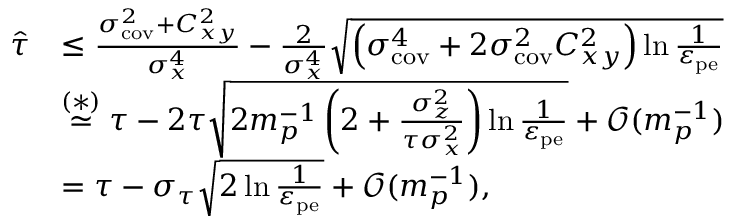
\begin{array} { r l } { \widehat { \tau } } & { \leq \frac { \sigma _ { \mathrm { c o v } } ^ { 2 } + C _ { x y } ^ { 2 } } { \sigma _ { x } ^ { 4 } } - \frac { 2 } { \sigma _ { x } ^ { 4 } } \sqrt { \left( \sigma _ { \mathrm { c o v } } ^ { 4 } + 2 \sigma _ { \mathrm { c o v } } ^ { 2 } C _ { x y } ^ { 2 } \right) \ln \frac { 1 } { \varepsilon _ { \mathrm { p e } } } } } \\ & { \overset { ( \ast ) } { \simeq } \tau - 2 \tau \sqrt { 2 m _ { p } ^ { - 1 } \left( 2 + \frac { \sigma _ { z } ^ { 2 } } { \tau \sigma _ { x } ^ { 2 } } \right) \ln \frac { 1 } { \varepsilon _ { \mathrm { p e } } } } + \mathcal { O } ( m _ { p } ^ { - 1 } ) } \\ & { = \tau - \sigma _ { \tau } \sqrt { 2 \ln \frac { 1 } { \varepsilon _ { \mathrm { p e } } } } + \mathcal { O } ( m _ { p } ^ { - 1 } ) , } \end{array}